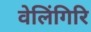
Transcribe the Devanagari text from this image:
वेलिंगिरि